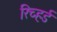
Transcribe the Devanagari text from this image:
रिच्हर्ड